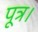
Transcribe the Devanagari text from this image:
पूत्र।